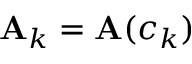
{ \bf A } _ { k } = { \bf A } ( c _ { k } )